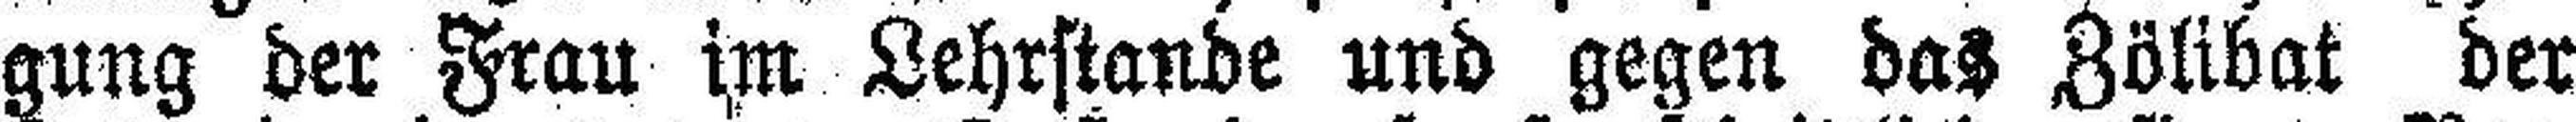
gung der Frau im Lehrstande und gegen das Zölibat der